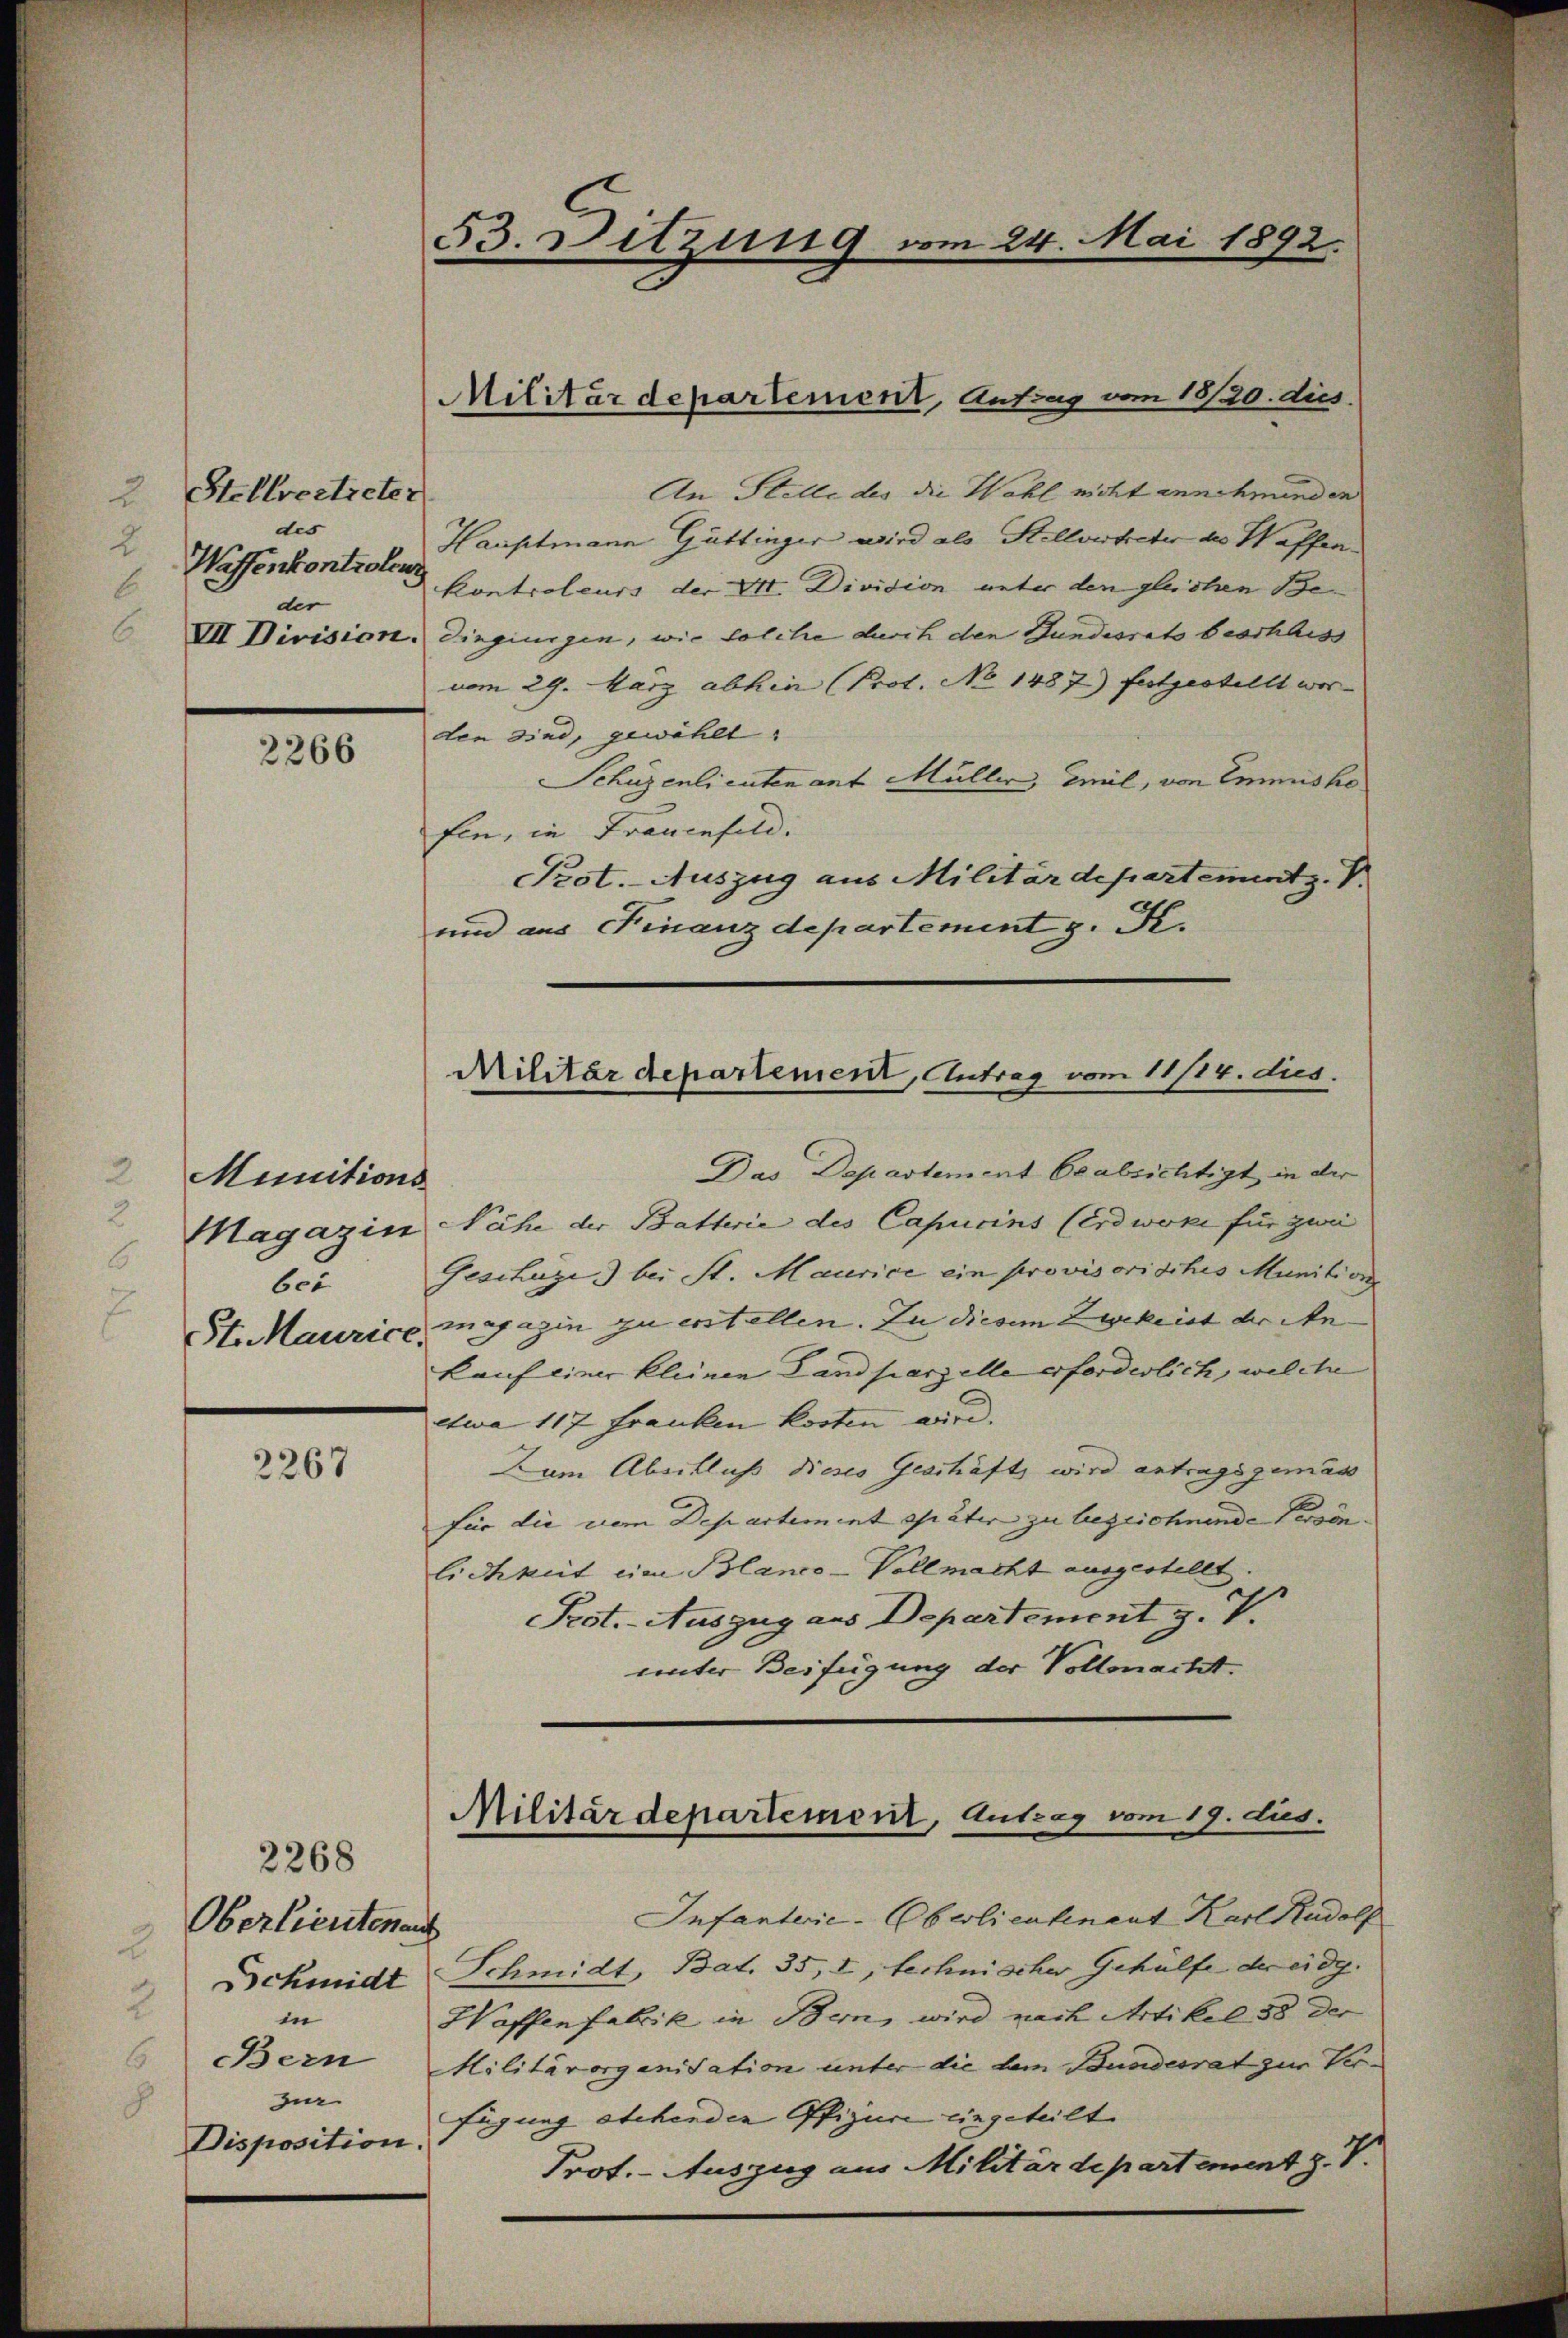
Stellvertreter
2
des
Wissenkontrolens
der

2266

Munitions
ber

2267

2268
Oberlieutenans
Schmidt
in
BBern
zur
Disposition

53. Sitzung vom 24. Mai 1892.

An Stelle des die Wahl nicht annehmenden
Hauptmann Gattinger wird als Stellvertreter des Waffenkontroleurs der VII. Division unter den gleichen Be¬
VII Division. Dingingen, wie solche durch den Gundesrats beschluss
vom 29. März abhin (Prot. No 1487) festgestellt wor-
den sind, gewählt
Schüzenlieutenant Müller, Emil, von Emmsko
fin, in Frauenfeld.
Prot. Auszug aus Militärdepartement z. B.
und aus Finanzdepartement z. K.

Militärdepartement, Antrag vom 18/20. dies

Militärdepartement, Antrag vom 11/14. dies.

Militärdepartement, Antrag vom 19. dus.

Das Departement beabsichtigt, in der
Magazin Nähe der Batterie des Capucins (Erdwoke für zwei
Geschuze bei St. Maurice ein provisorisches Munitions
St. Maurice, magazin zu erstellen. Zu diesem Zuckeist der Ankauf einer kleinen Landparzelle erforderlich, welche
etwa 117 Franken kosten wird.
Dum Abschluß dieses Geschäfts wird antragsgemäss
für die dem Departement später zu bezeichnende Persönlichkeit eine Blanco-Vollmacht ausgestellt.
Peot.-Auszug aus Departement z. T.
unter Beifügung der Vollmacht.

Infanterie-Oberlieutnant Karl Rudolf
Schmidt, Bat. 35, I, technischer Gehülfe der eidg.
Waffen fabrik in Bern, wird nach Artikel 58 der
Militärorganisation unter die dem Bundesrat zur Verfügung etchenden Offizuri eingeteilt.
Prot. - Auszug aus Militärdepartement z. V.